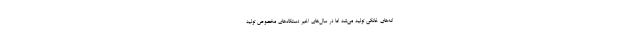
انه‌های خانگی تولید می‌شد اما در سال‌های اخیر دستگاه‌های مخصوص تولید